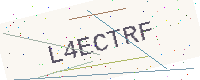
Text: L4ECTRF